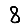
Digit: 8